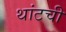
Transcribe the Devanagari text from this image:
थांटची